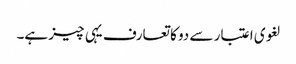
لغوی اعتبار سے دو کا تعارف یہی چیز ہے۔